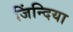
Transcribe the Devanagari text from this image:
जिंन्दिया